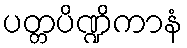
ပတ္တပိဏ္ဍိကာနံ